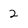
Character: 2